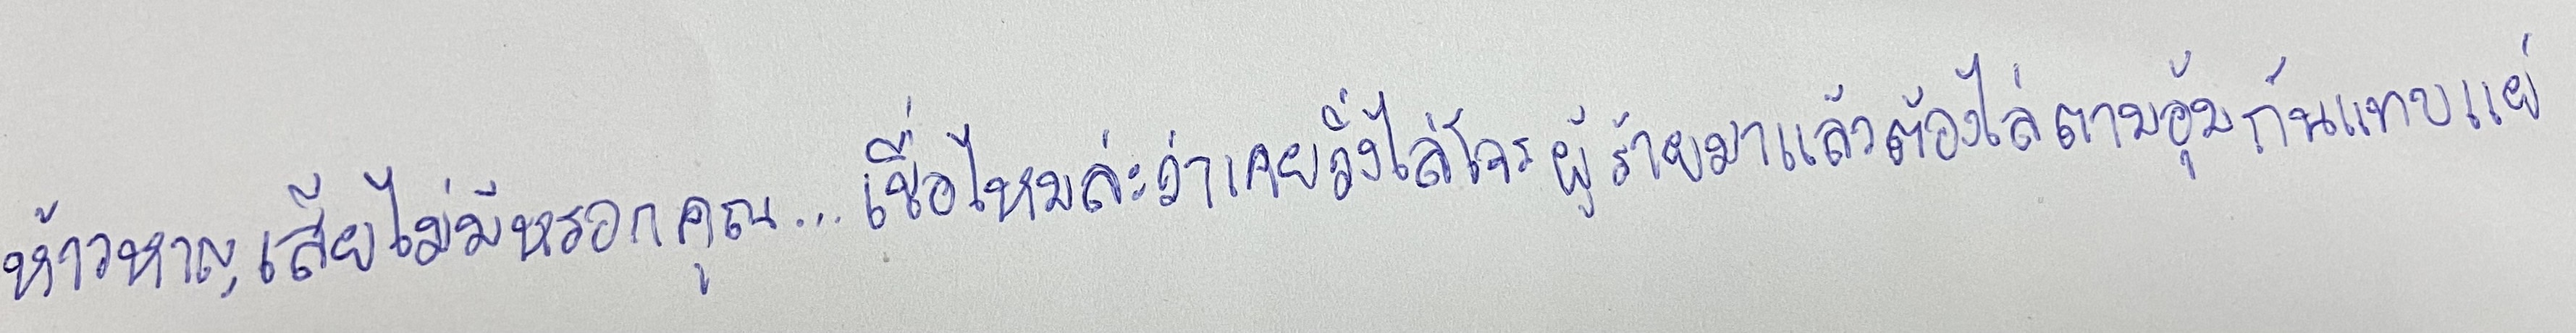
ห้าวหาญเสียไม่มีหรอกคุณ...เชื่อไหมล่ะว่าเคยวิ่งไล่โจรผู้ร้ายมาแล้วต้องไล่ตามอุ้มกันแทบแย่